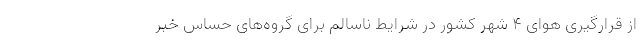
از قرارگیری هوای ۴ شهر کشور در شرایط ناسالم برای گروه‌های حساس خبر